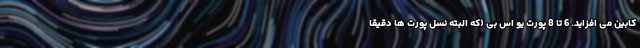
کابین می افزاید. 6 تا 8 پورت یو اس بی (که البته نسل پورت ها دقیقا